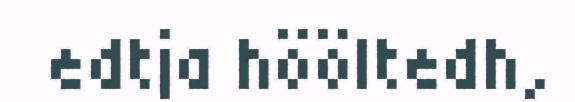
edtja hööltedh,